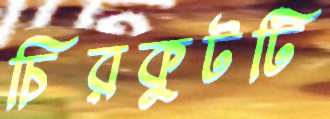
চিরকুটটি